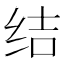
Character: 结